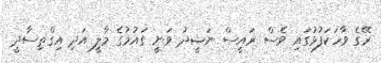
ރޭގެ ވާހަކަފުޅުގައި ވެސް ރައީސް ނަޝީދު ވަނީ ގައުމުގެ މާލީ އަދި އިގްތިސާދީ